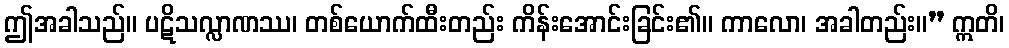
ဤအခါသည်။ ပဋိသလ္လာဏဿ၊ တစ်ယောက်ထီးတည်း ကိန်းအောင်းခြင်း၏။ ကာလော၊ အခါတည်း။” ဣတိ၊